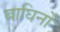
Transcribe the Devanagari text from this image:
बाघिनों